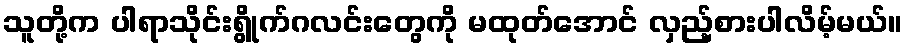
သူတို့က ပါရာသိုင်းရွိုက်ဂလင်းတွေကို မထုတ်အောင် လှည့်စားပါလိမ့်မယ်။